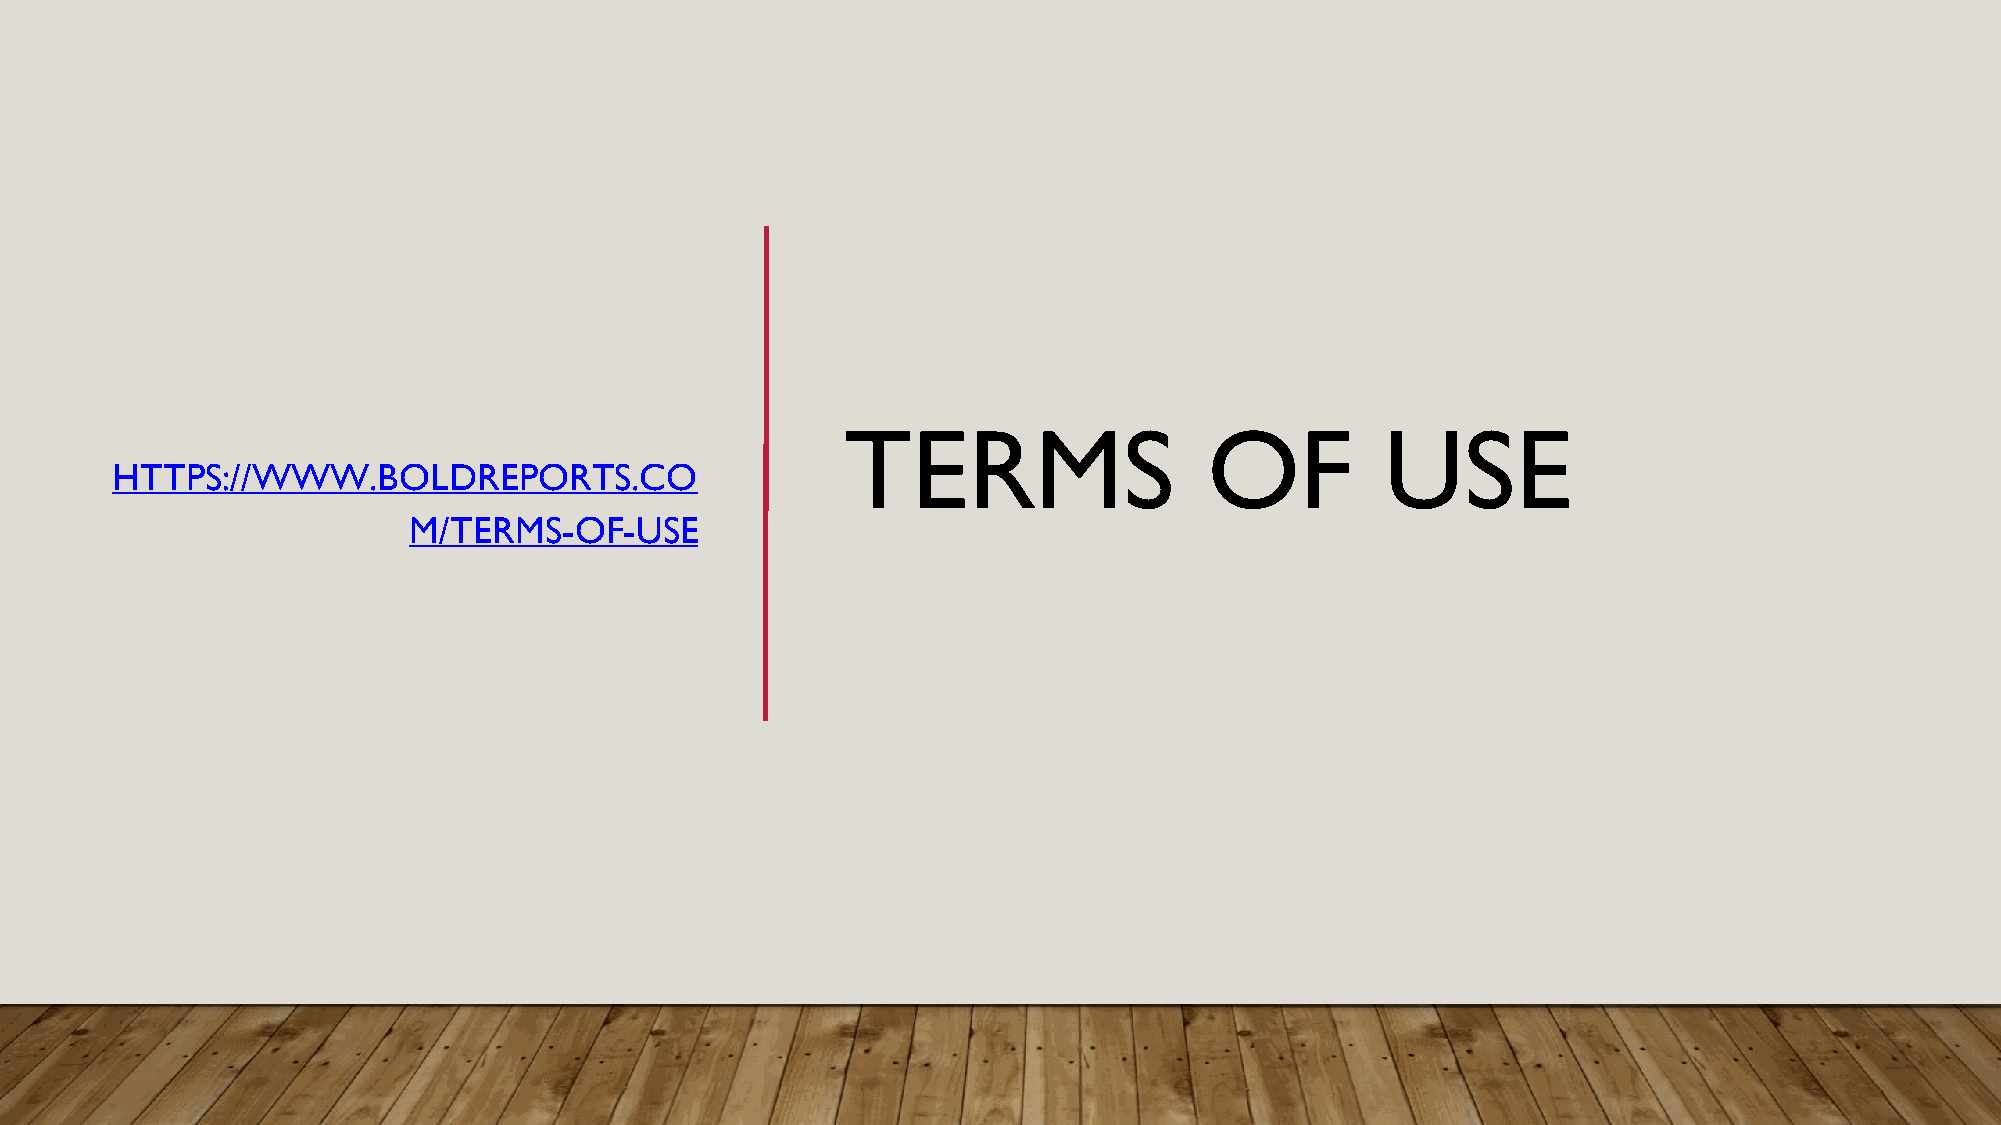
TERMS                   OF          USE
 HTTPS://WWW.BOLDREPORTS.CO
 M/TERMS-OF-USE